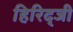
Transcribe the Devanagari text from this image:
हिरिद्जी